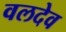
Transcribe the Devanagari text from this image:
वलदेव